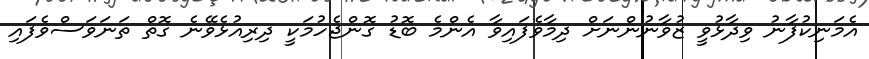
އެމަނިކުފާނު ވިދާޅުވީ ޒުވާނުންނަށް ދިމާވެފައިވާ އެންމެ ބޮޑު ގޮންޖެހުމަކީ ދިރިއުޅެވޭނެ ގޮތް ތަނަވަސްވެފައި